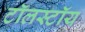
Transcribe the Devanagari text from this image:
टॉलस्‍टॉय